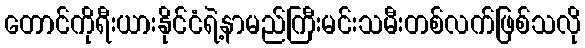
တောင်ကိုရီးယားနိုင်ငံရဲ့နာမည်ကြီးမင်းသမီးတစ်လက်ဖြစ်သလို